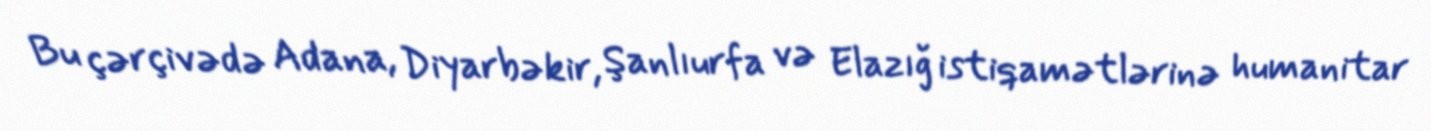
Bu çərçivədə Adana, Diyarbəkir, Şanlıurfa və Elazığ istiqamətlərinə humanitar